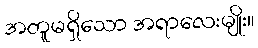
အတူမရှိသော အရာလေးမျိုး။